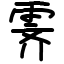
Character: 霁